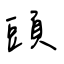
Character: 頭